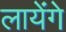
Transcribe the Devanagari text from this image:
लायंेगे